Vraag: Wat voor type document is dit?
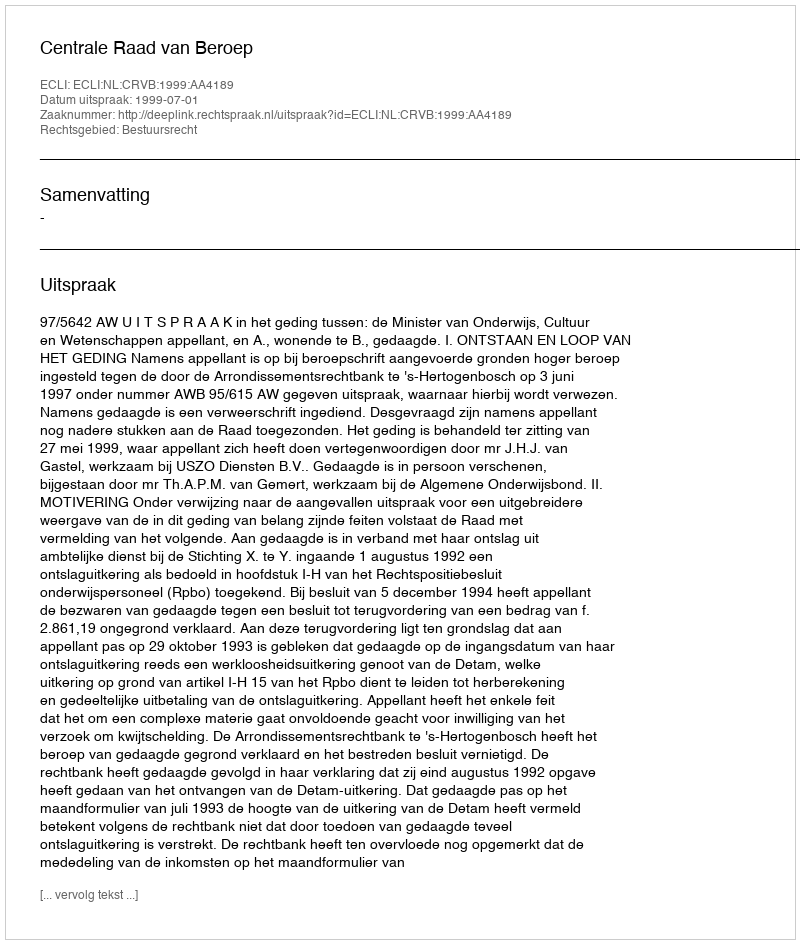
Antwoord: Uitspraak